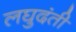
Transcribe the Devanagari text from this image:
लघुदंती